Annual report of the Prince of Wales Medical College, Patna
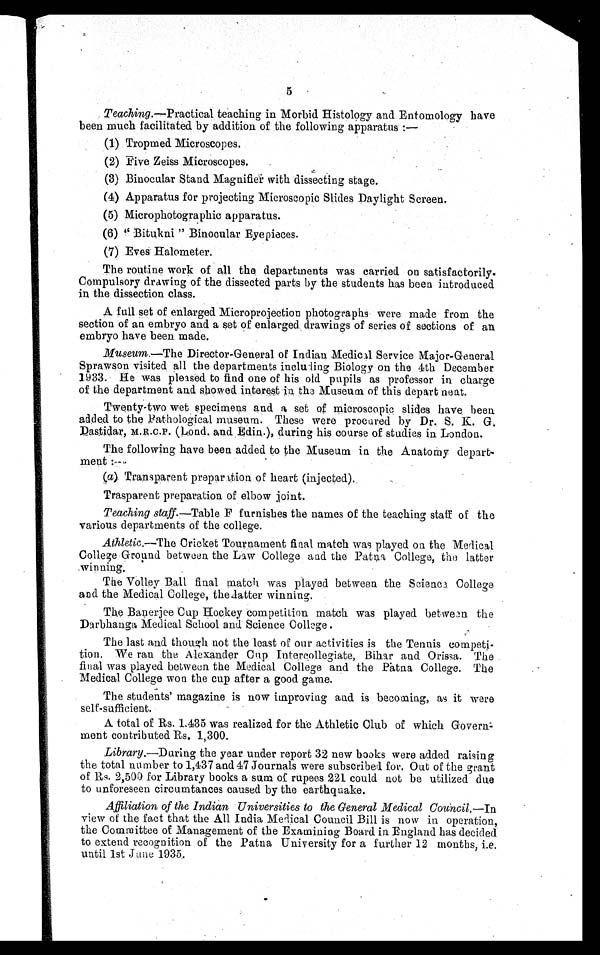
5
Teaching.—Practical teaching in Morbid Histology and Entomology have
been much facilitated by addition of the following apparatus
(1) Tropmed. Microscopes.
(2) rive Zeiss Microscopes.
(3) Binocular Stand Magnifier with dissecting stage.
(4) Apparatus for projecting Microscopic Slides Daylight Screen.
(5) Microphotographic apparatus.
(6) Bitukni " Binocular Eyepieces.
(7) Eves Halometer.
The routine work of all the departments was carried on satisfactorily.
Compulsory drawing of the dissected parts by the students has been introduced
in the dissection class.
A full set of enlarged Microprojection photographs were made from the
section of an. embryo and a set of enlarged. drawings of series of sections of an
embryo have been made.
Museum.—The Director-General of Indian Medical. Service Major-General
Sprawson visited all the departments incluTling Biology on the 4th December
1933. He was pleased to find one of his old pupils as professor in charge
of the department and showed interest in the Museum of this depart neat.
Twenty-two wet specimens and a set of microscopic slides have been.
added to the Pathological museum. These were procured by Dr. S. K. G.
Dastidar, M.R.C.P. (Cond. and Edin.), during his course of studies in London.
The following have been added to the Museum in the Anatomy depart-
ment :---
(a). Transparent prepar Ition of heart (injected).
Trasparent preparation of elbow joint.
Teaching staff.—Table F furnishes the names of the teaching staff of the
various departments of the college.
Athletic.--The Cricket Tournament final match was played on the Medical
College Ground. between the Law College and the Patna College, the latter
winning.
•
The Volley Ball final match was played between the Scienc3 College
and the Medical College, thedatter winning.
The Banerjee Cup Hockey competition match was played between the
Darbhanga Medical School and Science College .
The last and though not the least of our activities is the Tennis competi-
tion. We ran the Alexander Cup . Intercollegiate, Bihar and Orissa. The
final was played between the Medical College and the Patna College. The
. Medical College won the cup after a good game.
The students' magazine is now improving and is becoming, as it were
self-sufficient.
A total of Its. L435 was realized for the Athletic Club of which Govern=
ment contributed Rs. 1,300.
Library.—During the year under report 32 new hooks were added raising
the total number to 1,437 and 47 Journals were subscribed for. Out of the grant
of Us. 2,500 for Library books a sum of rupees 221 could not be utilized due
to unforeseen circumtances caused by the earthquake.
Affiliation of the Indian Universities to the General Medical Council.—In
view of the fact that the All India Medical Council Bill is now in operation,
the Committee of Management of the Examining Board in England has decided
to extend recognition of the Patna University for a further 12 months, i.e.
until 1st Jane 1935.